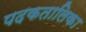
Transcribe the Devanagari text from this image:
पदकतालिका